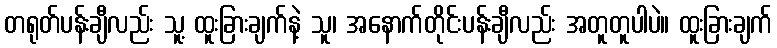
တရုတ်ပန်းချီလည်း သူ့ ထူးခြားချက်နဲ့ သူ၊ အနောက်တိုင်းပန်းချီလည်း အတူတူပါပဲ။ ထူးခြားချက်